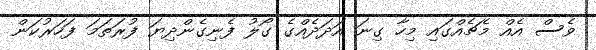
ވެސް އެއް މެޗެއްގައި މިހާ ގިނަ އަދަދެއްގެ ގޯލު ފެނިގެންދިޔަ ފުރަތަމަ ފަހަރުކަން